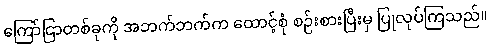
ကြော်ငြာတစ်ခုကို အဘက်ဘက်က ထောင့်စုံ စဉ်းစားပြီးမှ ပြုလုပ်ကြသည်။